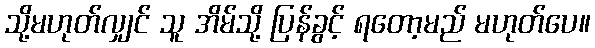
သို့မဟုတ်လျှင် သူ အိမ်သို့ ပြန်ခွင့် ရတော့မည် မဟုတ်ပေ။